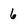
Character: 6